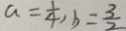
a = \frac { 1 } { 4 } , b = \frac { 3 } { 2 }